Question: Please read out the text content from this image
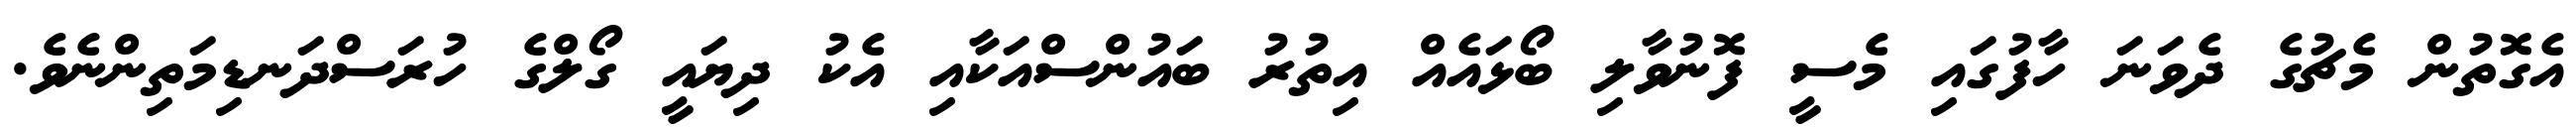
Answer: އެގޮތުން މެޗުގެ ދެވަނަ ހާފުގައި މެސީ ފޮނުވާލި ބޯޅައެއް އިތުރު ބައުންސްއަކާއި އެކު ދިޔައީ ގޯލްގެ ހުރަސްދަނޑިމަތިންނެވެ.